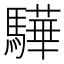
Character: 驊